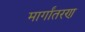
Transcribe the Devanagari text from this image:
मार्गांतरण